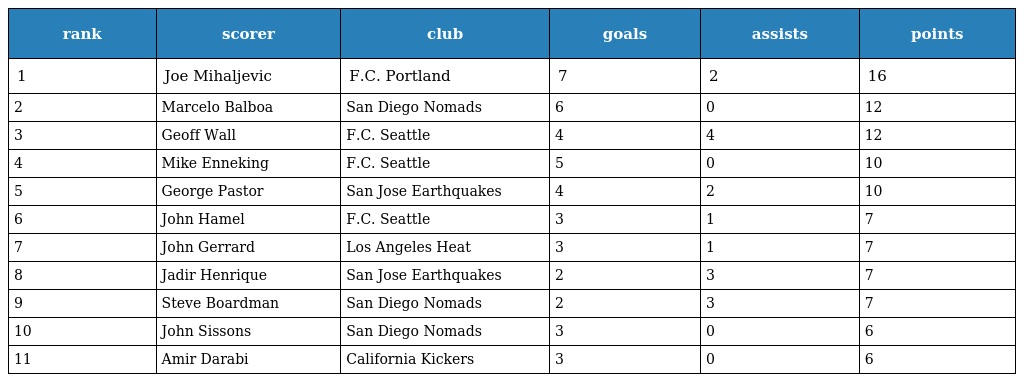
| rank | scorer | club | goals | assists | points |
 | --- | --- | --- | --- | --- | --- |
 | 1 | Joe Mihaljevic | F.C. Portland | 7 | 2 | 16 |
 | 2 | Marcelo Balboa | San Diego Nomads | 6 | 0 | 12 |
 | 3 | Geoff Wall | F.C. Seattle | 4 | 4 | 12 |
 | 4 | Mike Enneking | F.C. Seattle | 5 | 0 | 10 |
 | 5 | George Pastor | San Jose Earthquakes | 4 | 2 | 10 |
 | 6 | John Hamel | F.C. Seattle | 3 | 1 | 7 |
 | 7 | John Gerrard | Los Angeles Heat | 3 | 1 | 7 |
 | 8 | Jadir Henrique | San Jose Earthquakes | 2 | 3 | 7 |
 | 9 | Steve Boardman | San Diego Nomads | 2 | 3 | 7 |
 | 10 | John Sissons | San Diego Nomads | 3 | 0 | 6 |
 | 11 | Amir Darabi | California Kickers | 3 | 0 | 6 |